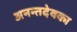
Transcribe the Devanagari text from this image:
अनन्तदेवका